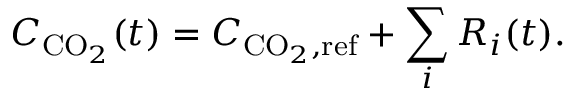
C _ { \mathrm { C O } _ { 2 } } ( t ) = C _ { \mathrm { C O } _ { 2 } , \mathrm { r e f } } + \sum _ { i } R _ { i } ( t ) .